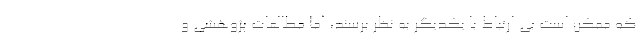
که ممکن است بی ارتباط با یکدیگر به نظر برسند، اما مطالعات پژوهشی و